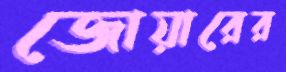
জোয়ারের